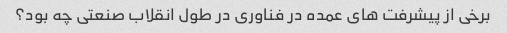
برخی از پیشرفت های عمده در فناوری در طول انقلاب صنعتی چه بود؟